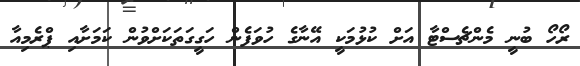
ރޯހޯ ބުނީ މެންޗެސްޓާ އަށް ކުޅުމަކީ އޭނާގެ ހުވަފެން ހަގީގަތަކަށްވުން ކަމަށާއި ޕްރެމިއާ